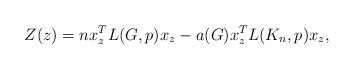
LaTeX: \begin{align*} Z(z)= n x_z^T L(G,p) x_z - a(G) x_z^T L(K_n,p) x_z,\end{align*}